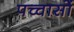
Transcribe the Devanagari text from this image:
पच्चासों